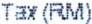
TAX(RM)